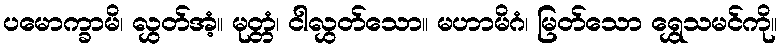
ပမောက္ခာမိ၊ လွှတ်အံ့။ မုတ္တံ၊ ငါလွှတ်သော။ မဟာမိဂံ၊ မြတ်သော ရွှေသမင်ကို။